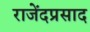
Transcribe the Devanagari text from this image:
राजेंदप्रसाद